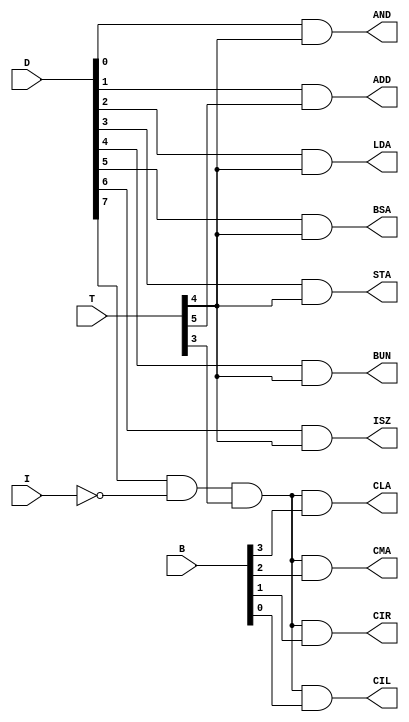
module Instructions_ControlSignal (
 T, D, I,B
,AND,ADD,LDA,STA,BUN,BSA,ISZ,CMA,CLA,CIL,CIR
);

input  I;
input [7:0] T, D ;
input [7:0] B;
output AND,ADD,LDA,STA,BUN,BSA,ISZ,CMA,CLA,CIL,CIR ;

// Memory-Reference
assign AND= D[0] & T[4];
assign ADD= D[1] & T[5];
assign LDA= D[2] & T[4];
assign STA= D[3] & T[4];
assign BUN= D[4] & T[4];
assign BSA= D[5] & T[4];
 assign ISZ= D[6] & T[4];

wire  r;
assign r=D[7] & !I & T[3];
// Register-Reference
assign CLA= r & B[3];
assign CMA= r & B[2];
assign CIR= r & B[1];
assign CIL= r & B[0];



endmodule